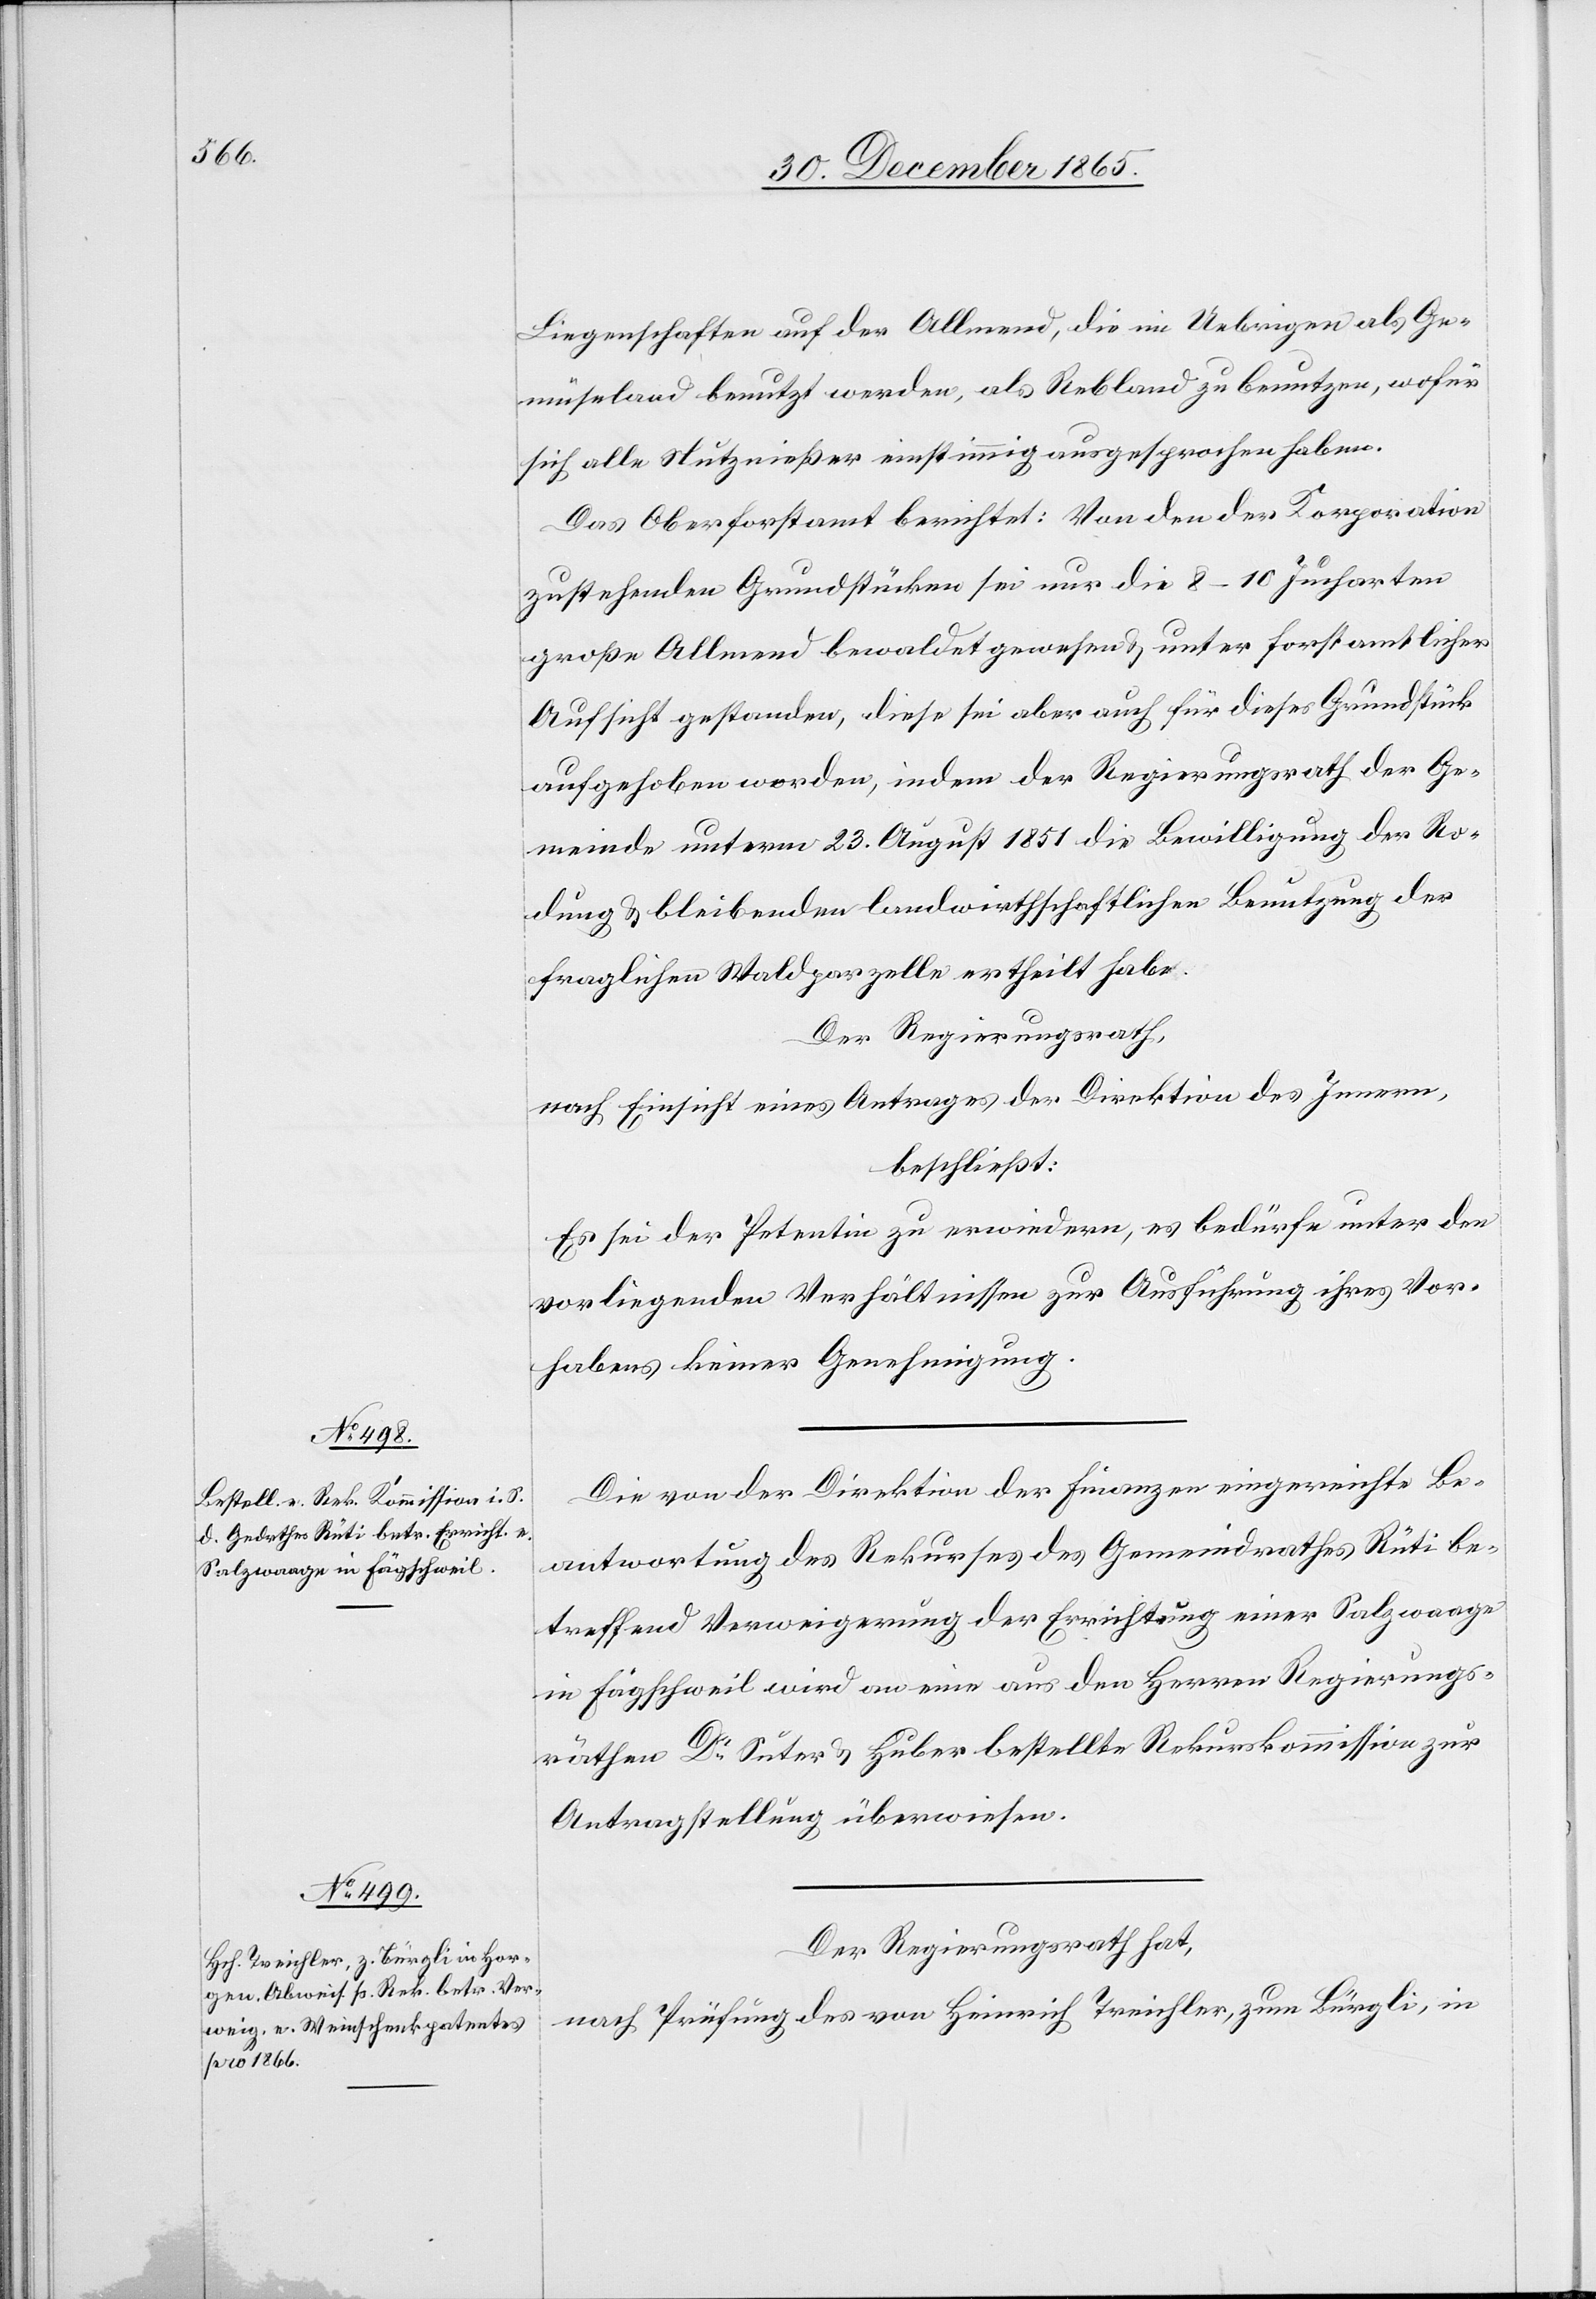
Liegenschaften auf der Allmend, die im Uebrigen als Ge¬
müseland benutzt werden, als Rebland zu benutzen, wofür
sich alle Nutznießer einstimmig ausgesprochen haben.
Das Oberforstamt berichtet: Von den der Korporation
zustehenden Grundstücken sei nur die 8–10 Jucharten
große Allmend bewaldet gewesen & unter forstamtlicher
Aufsicht gestanden, diese sei aber auch für dieses Grundstück
aufgehoben worden, indem der Regierungsrath der Ge¬
meinde unterm 23. August 1851 die Bewilligung der Ro¬
dung & bleibenden landwirthschaftlichen Benutzung der
fraglichen Waldparzelle ertheilt habe.
Der Regierungsrath,
nach Einsicht eines Antrages der Direktion des Innern,
beschließt:
Es sei der Petentin zu erwiedern, es bedürfe unter den
vorliegenden Verhältnissen zur Ausführung ihres Vor¬
habens keiner Genehmigung.
Die von der Direktion der Finanzen eingereichte Be¬
antwortung des Rekurses des Gemeindrathes Rüti be¬
treffend Verweigerung der Errichtung einer Salzwaage
in Fägschweil wird an eine aus den Herren Regierungs¬
räthen Dr. Suter & Huber bestellte Rekurskommission zur
Antragstellung überwiesen.
Der Regierungsrath hat,
nach Prüfung des von Heinrich Treichler, zum Bürgli, in